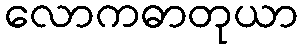
လောကဓာတုယာ